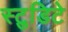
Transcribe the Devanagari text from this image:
स्टुडिटे